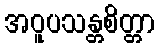
အဝူပသန္တစိတ္တာ